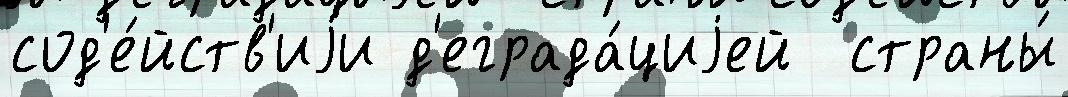
сод'е́йств'иjи д'еграда́циjей  страны́